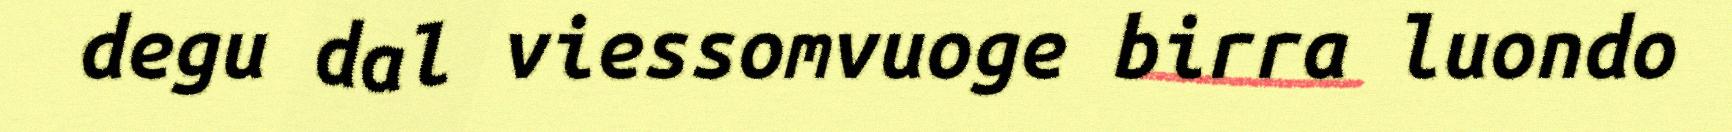
degu dal viessomvuoge birra luondo